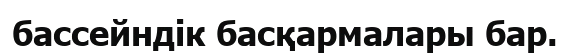
бассейндік басқармалары бар.